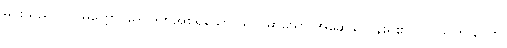
မင်းသည်။ ပါပမိတ္တော၊ ဒေဝဒတ်အစရှိသော ယုတ်မာသော အဆွေခင်ပွန်းရှိ၏။ ပါပသဟာယော၊